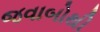
જવાબોથી